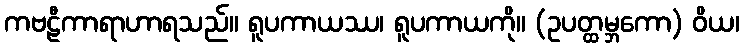
ကဗဠီကာရာဟာရသည်။ ရူပကာယဿ၊ ရူပကာယကို။ (ဥပတ္ထမ္ဘကော) ဝိယ၊